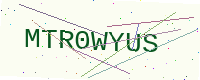
Text: MTR0WYUS